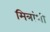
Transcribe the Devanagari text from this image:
मित्रांशी